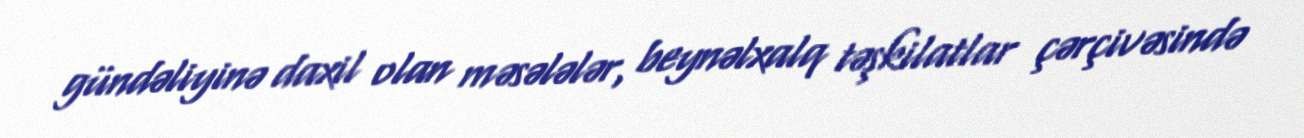
gündəliyinə daxil olan məsələlər, beynəlxalq təşkilatlar çərçivəsində